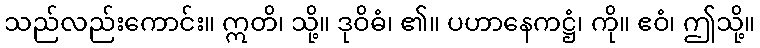
သည်လည်းကောင်း။ ဣတိ၊ သို့။ ဒုဝိဓံ၊ ၏။ ပဟာနေကဋ္ဌံ၊ ကို။ ဧဝံ၊ ဤသို့။